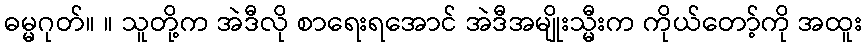
ဓမ္မဂုတ်။ ။ သူတို့က အဲဒီလို စာရေးရအောင် အဲဒီအမျိုးသ္မီးက ကိုယ်တော့်ကို အထူး